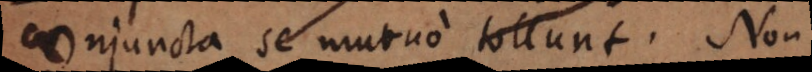
conjuncta se mutuo tollunt. Non